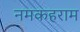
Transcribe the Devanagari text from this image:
नमकहराम